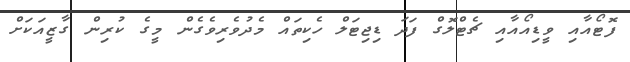
ފޮޓޯއާއި ވީޑިއޯއާއި ޗެޓްލޮގް ފަދަ ޑިޖިޓަލް ހެކިތައް މެދުވެރިވެގެން މީގެ ކުރިން ގާޒީއަކަށް